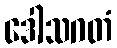
ဒေါသဂတံ